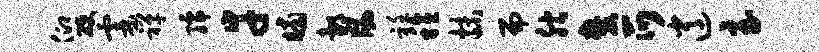
仰硬霎禅孺幸晡邰风衽稔抹而腴麓爪逍至